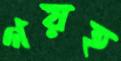
গয়হ